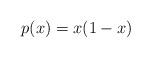
LaTeX: \begin{align*}p(x) = x(1-x)\end{align*}